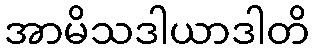
အာမိသဒါယာဒါတိ